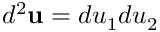
d ^ { 2 } { \bf u } = d u _ { 1 } d u _ { 2 }